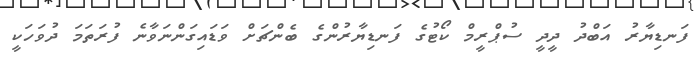
ފަނޑިޔާރު އަބްދު ދީދީ ސުޕްރީމް ކޯޓުގެ ފަނޑިޔާރުންގެ ބެންޗަށް ވަޑައިގަންނަވާނެ ފުރަތަމަ ދުވަހަކީ